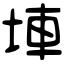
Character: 𡌄